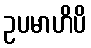
ဥပမာဟိပိ